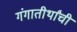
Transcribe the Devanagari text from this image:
गंगातीर्थांची